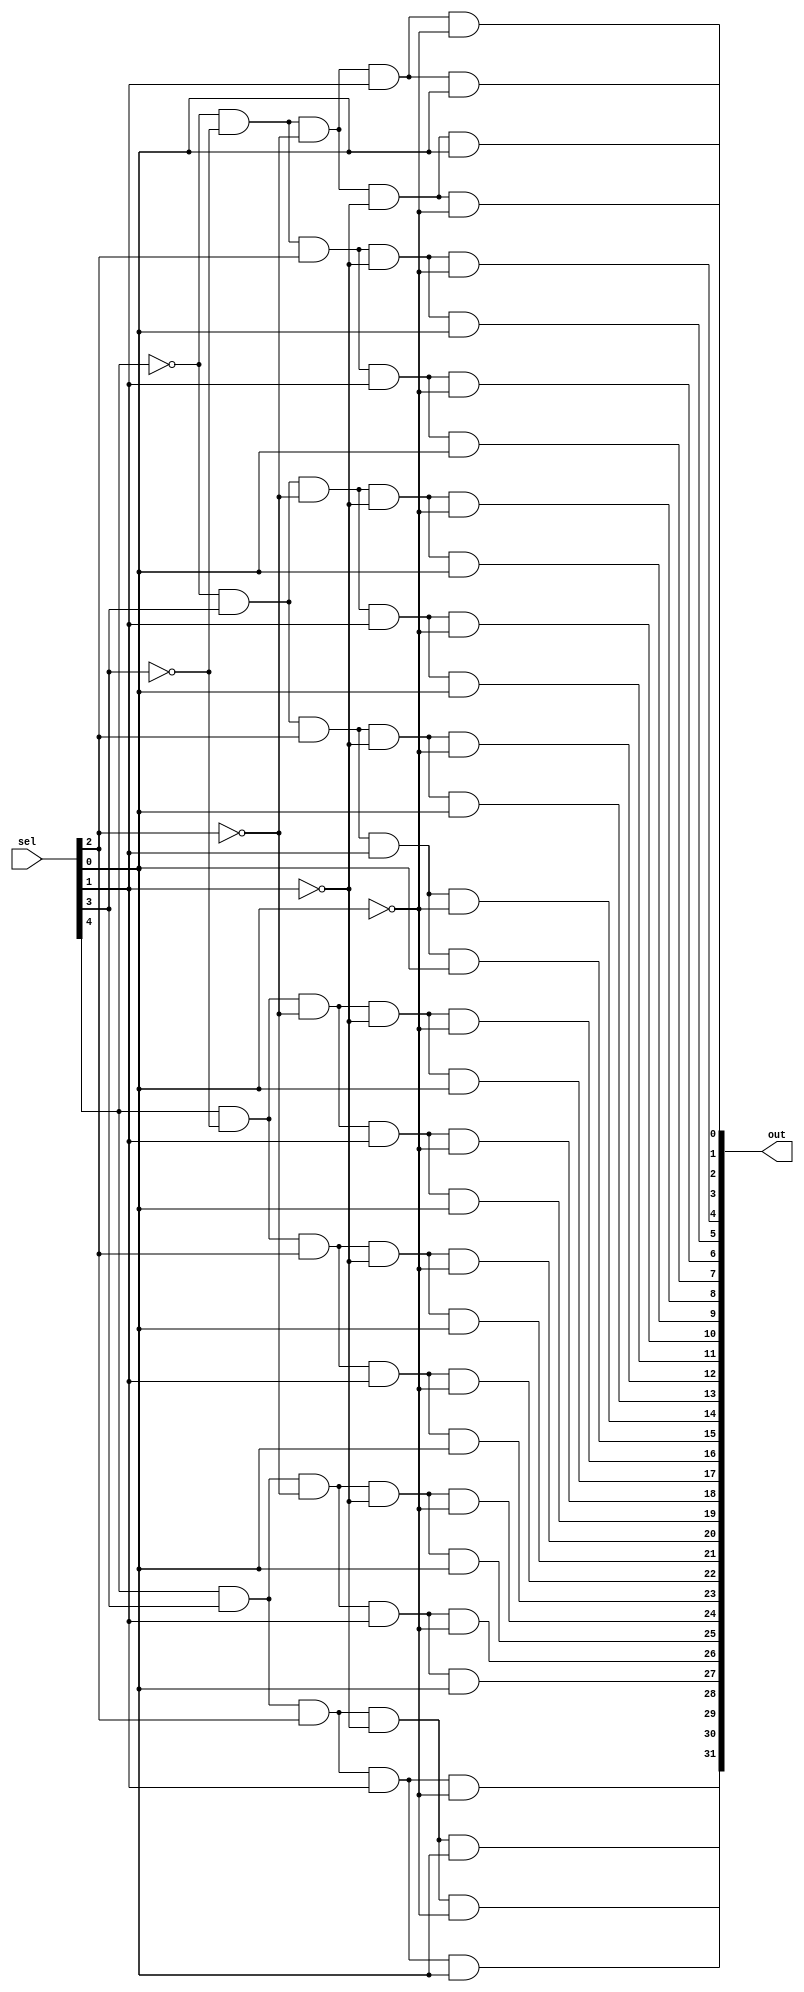
module decoder(sel, out);
   
   input[4:0] sel;
   output [31:0]out;
	
	and a0(out[0], ~sel[4], ~sel[3], ~sel[2], ~sel[1], ~sel[0]); //00000
	and a1(out[1], ~sel[4], ~sel[3], ~sel[2], ~sel[1],  sel[0]); //00001
	and a2(out[2], ~sel[4], ~sel[3], ~sel[2],  sel[1], ~sel[0]); //00010
	and a3(out[3], ~sel[4], ~sel[3], ~sel[2],  sel[1],  sel[0]); //00011
	and a4(out[4], ~sel[4], ~sel[3],  sel[2], ~sel[1], ~sel[0]); //00100
	and a5(out[5], ~sel[4], ~sel[3], sel[2],  ~sel[1],  sel[0]); //00101
	and a6(out[6], ~sel[4], ~sel[3], sel[2],  sel[1],  ~sel[0]); //00110
	
	and a7(out[7], ~sel[4], ~sel[3], sel[2],  sel[1],  sel[0]); //00111
	and a8(out[8], ~sel[4], sel[3], ~sel[2],  ~sel[1],  ~sel[0]); //01000
	and a9(out[9], ~sel[4], sel[3], ~sel[2],  ~sel[1],  sel[0]); //01001
	and a10(out[10], ~sel[4], sel[3], ~sel[2],  sel[1],  ~sel[0]); //01010
	and a11(out[11], ~sel[4], sel[3], ~sel[2],  sel[1],  sel[0]); //01011
	and a12(out[12], ~sel[4], sel[3], sel[2],  ~sel[1],  ~sel[0]); //01100
	
	and a13(out[13], ~sel[4], sel[3], sel[2],  ~sel[1],  sel[0]); //01101
	and a14(out[14], ~sel[4], sel[3], sel[2],  sel[1],  ~sel[0]); //01110
	and a15(out[15], ~sel[4], sel[3], sel[2],  sel[1],  sel[0]); //01111
	and a16(out[16], sel[4], ~sel[3], ~sel[2],  ~sel[1],  ~sel[0]); //10000
	and a17(out[17], sel[4], ~sel[3], ~sel[2],  ~sel[1],  sel[0]); //10001
	and a18(out[18], sel[4], ~sel[3], ~sel[2],  sel[1],  ~sel[0]); //10010
	and a19(out[19], sel[4], ~sel[3], ~sel[2],  sel[1],  sel[0]); //10011
	
	and a20(out[20], sel[4], ~sel[3], sel[2],  ~sel[1],  ~sel[0]); //10100
	and a21(out[21], sel[4], ~sel[3], sel[2],  ~sel[1],  sel[0]); //10101
	and a22(out[22], sel[4], ~sel[3], sel[2],  sel[1],  ~sel[0]); //10110
	and a23(out[23], sel[4], ~sel[3], sel[2],  sel[1],  sel[0]); //10111
	and a24(out[24], sel[4], sel[3], ~sel[2],  ~sel[1],  ~sel[0]); //11000
	and a25(out[25], sel[4], sel[3], ~sel[2],  ~sel[1],  sel[0]); //11001
	and a26(out[26], sel[4], sel[3], ~sel[2],  sel[1],  ~sel[0]); //11010
	and a27(out[27], sel[4], sel[3], ~sel[2],  sel[1],  sel[0]); //11011
	and a28(out[28], sel[4], sel[3], sel[2],  ~sel[1],  ~sel[0]); //11100
	and a29(out[29], sel[4], sel[3], sel[2],  ~sel[1],  sel[0]); //11101
	
	and a30(out[30], sel[4], sel[3], sel[2],  sel[1],  ~sel[0]); //11110
	and a31(out[31], sel[4], sel[3], sel[2],  sel[1],  sel[0]); //11111

   
endmodule